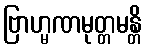
ဗြာဟ္မဏမုတ္တမန္တိ